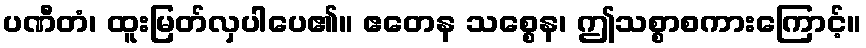
ပဏီတံ၊ ထူးမြတ်လှပါပေ၏။ ဧတေန သစ္စေန၊ ဤသစ္စာစကားကြောင့်။